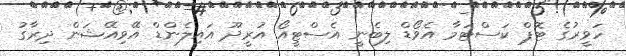
ހަވީރުގެ ޓޮޕް ކަސްޓަމާ އެވޯޑް ލިބެނީ އެސްޓީއޯ އުރީދޫ އައިލެންޑް އޭވިއޭޝަން ދިރާގު